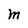
Character: M